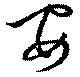
安